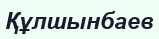
Құлшынбаев